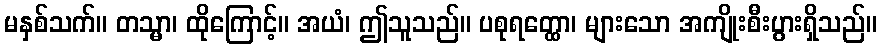
မနှစ်သက်။ တသ္မာ၊ ထိုကြောင့်။ အယံ၊ ဤသူသည်။ ပစုရတ္ထော၊ များသော အကျိုးစီးပွားရှိသည်။